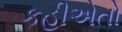
કહીએતો